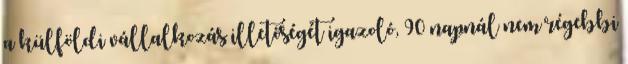
a külföldi vállalkozás illetőségét igazoló, 90 napnál nem régebbi